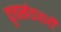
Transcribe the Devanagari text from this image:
वृत्तखंडधारी